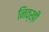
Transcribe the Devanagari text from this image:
निव्ख़ी